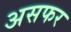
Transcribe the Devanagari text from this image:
असफर